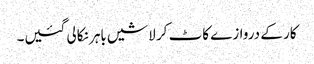
کار کے دروازے کاٹ کر لاشیں باہر نکالی گئیں۔